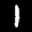
Label: 1